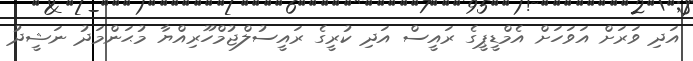
އަދި ވަރަށް އަވަހަށް އެމްޑީޕީގެ ރައީސް އަދި ކުރީގެ ރައީސުލްޖުމްހޫރިއްޔާ މުޙަންމަދު ނަޝީދު